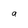
Character: a